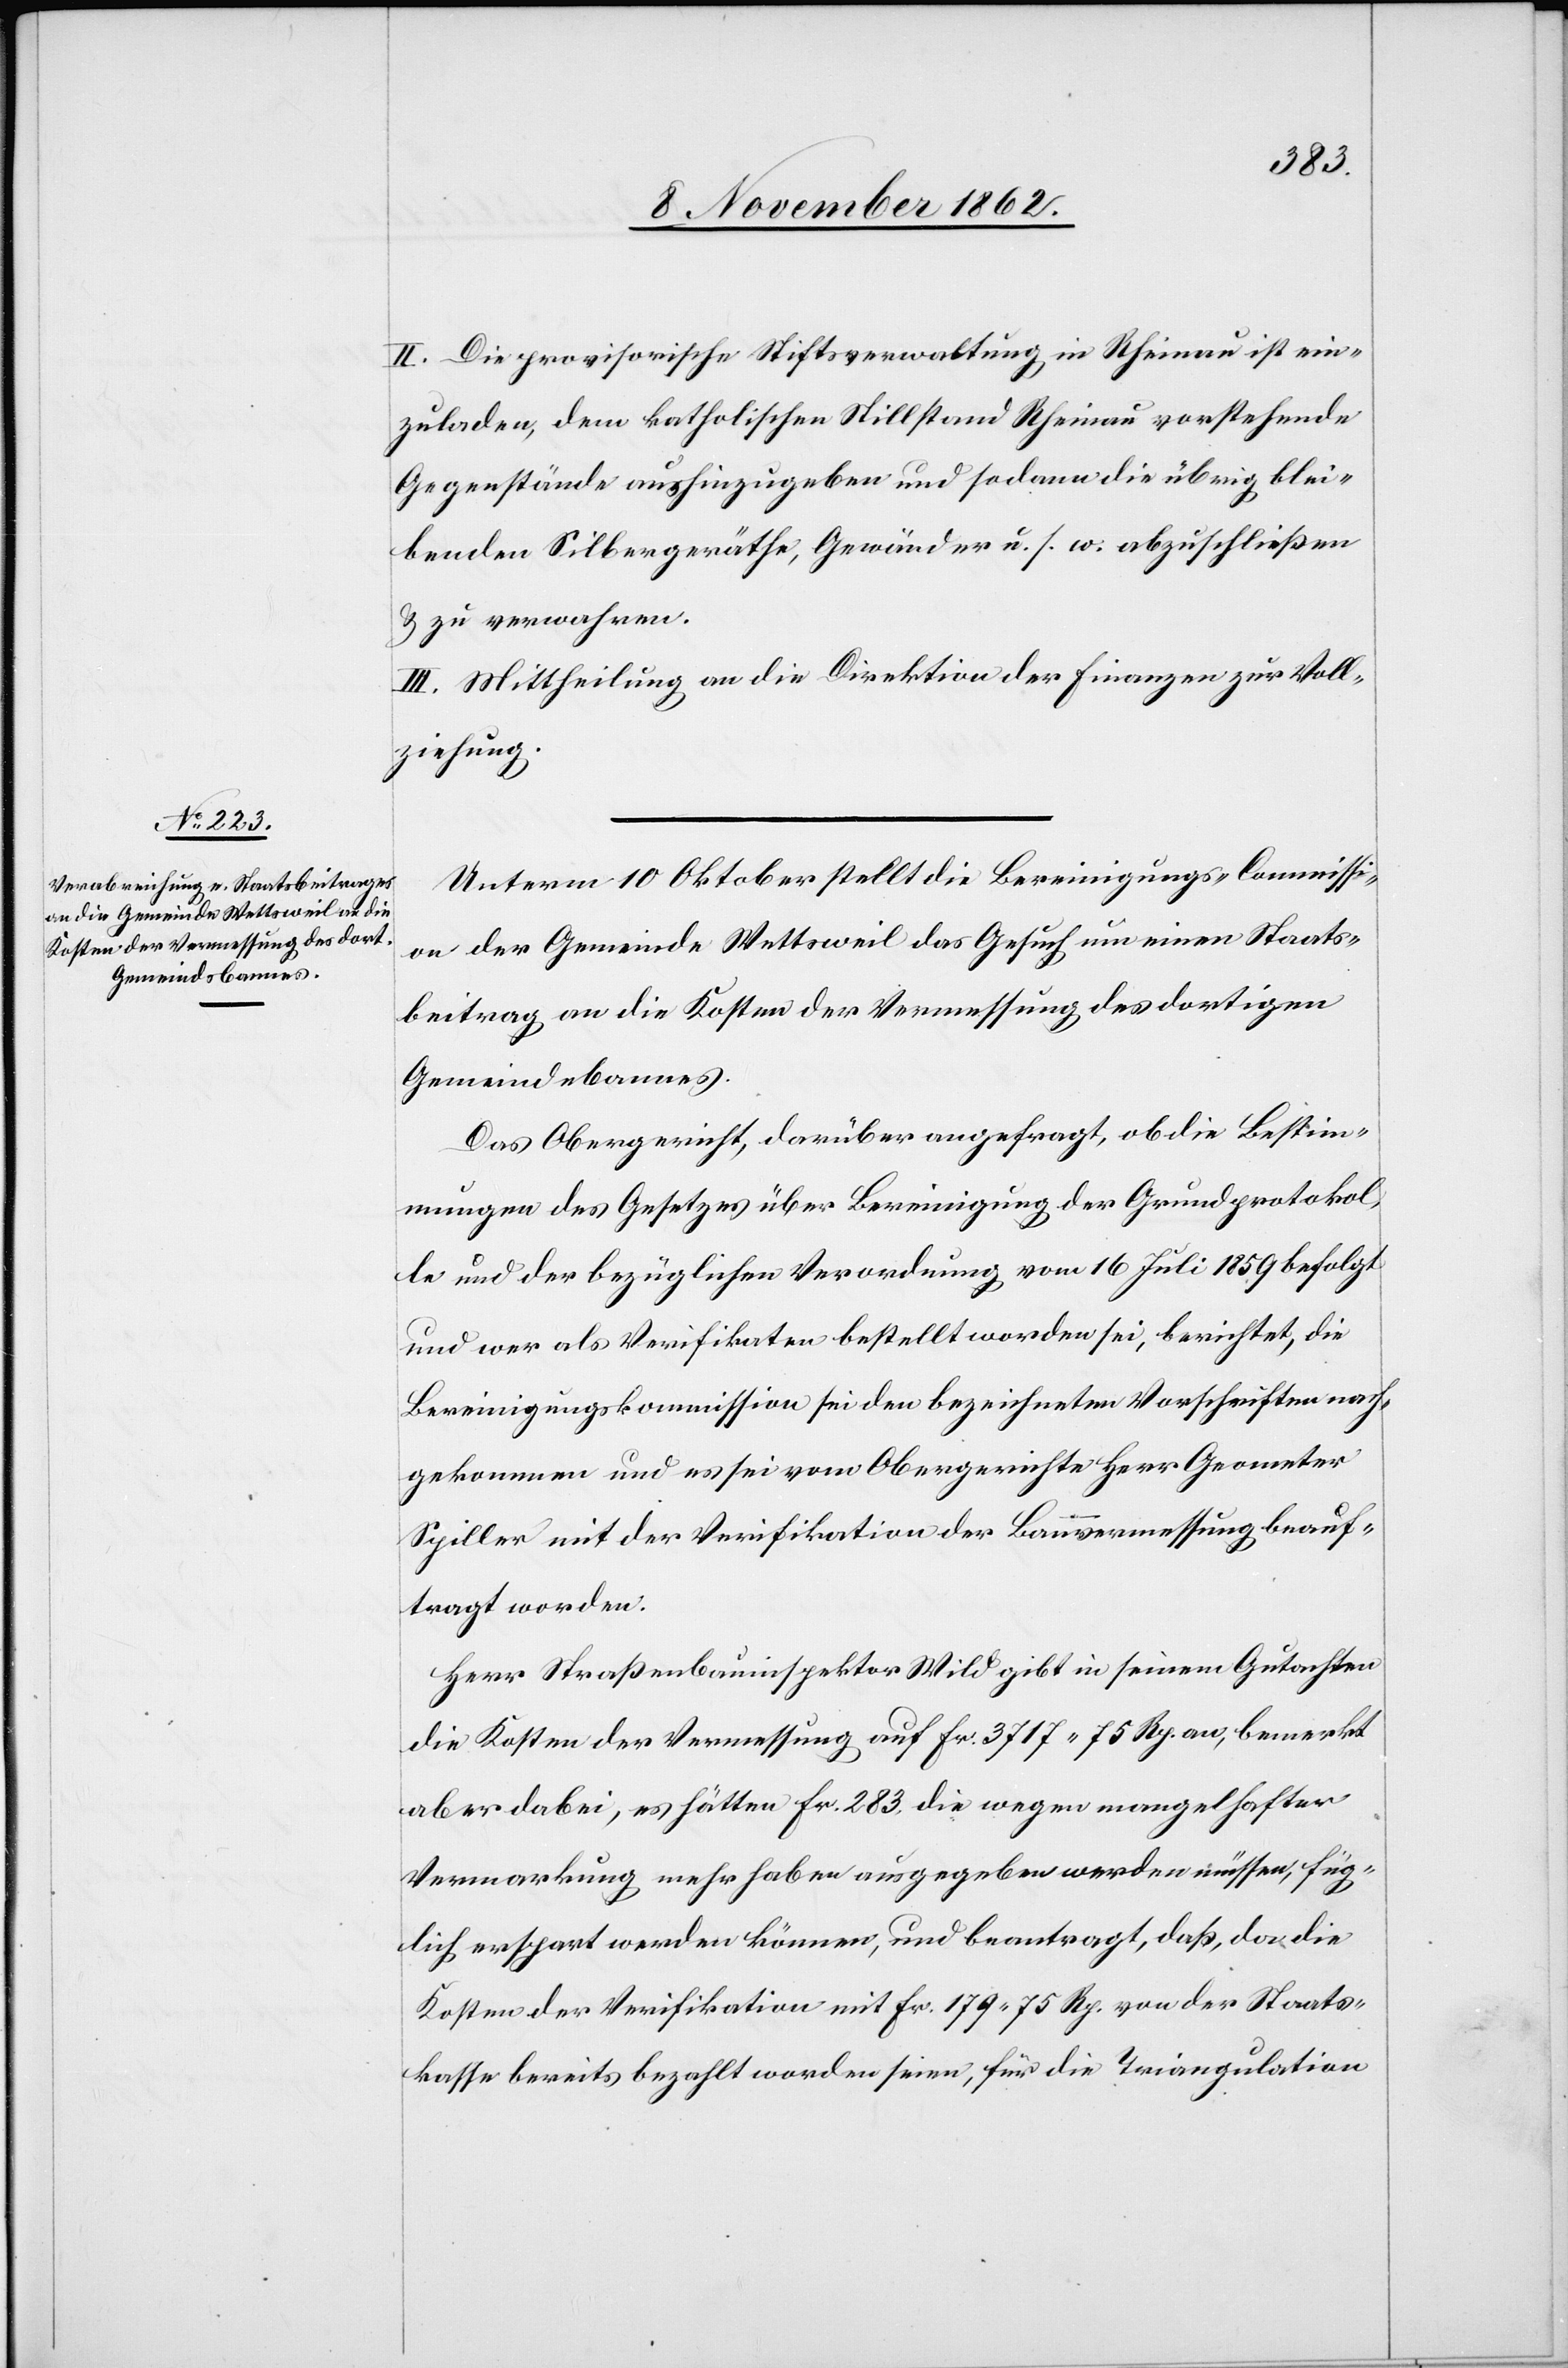
II. Die provisorische Stiftsverwaltung in Rheinau ist ein¬
zuladen, dem katholischen Stillstand Rheinau vorstehende
Gegenstände aushinzugeben und sodann die übrig blei¬
benden Silbergeräthe, Gewänder u. s. w. abzuschließen
u. zu verwahren.
III. Mittheilung an die Direktion der Finanzen zur Voll¬
ziehung.
Unterm 10. Oktober stellt die Bereinigungs-Commissi¬
on der Gemeinde Wettsweil das Gesuch um einen Staats¬
beitrag an die Kosten der Vermessung des dortigen
Gemeindebannes.
Das Obergericht, darüber angefragt, ob die Bestim¬
mungen des Gesetzes über Bereinigung der Grundprotokol¬
le und der bezüglichen Verordnung vom 16. Juli 1859 befolgt
und wer als Verifikaten bestellt worden sei, berichtet, die
Bereinigungskommission sei den bezeichneten Vorschriften nach¬
gekommen und es sei vom Obergerichte Herr Geometer
Spiller mit der Verifikation der Bauvermessung beauf¬
tragt worden.
Herr Straßenbauinspektor Wild gibt in seinem Gutachten
die Kosten der Vermessung auf Fr. 3717 75 Rp. an, bemerkt
aber dabei, es hätten Fr. 283 die wegen mangelhafter
Vermarkung mehr haben ausgegeben werden müssen, füg¬
lich erspart werden können, und beantragt, daß, da die
Kosten der Verifikation mit Fr. 179 75 Rp. von der Staats¬
kasse bereits bezahlt worden seien, für die Triangulation